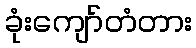
ခုံးကျော်တံတား